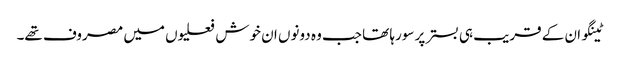
ٹینگو ان کے قریب ہی بستر پر سورہا تھا جب وہ دونوں ان خوش فعلیوں میں مصروف تھے۔